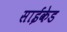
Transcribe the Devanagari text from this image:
साईकेड